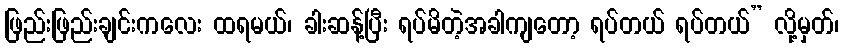
ဖြည်းဖြည်းချင်းကလေး ထရမယ်၊ ခါးဆန့်ပြီး ရပ်မိတဲ့အခါကျတော့ ရပ်တယ် ရပ်တယ်” လို့မှတ်၊